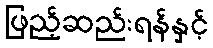
ဖြည့်ဆည်းရန်နှင့်